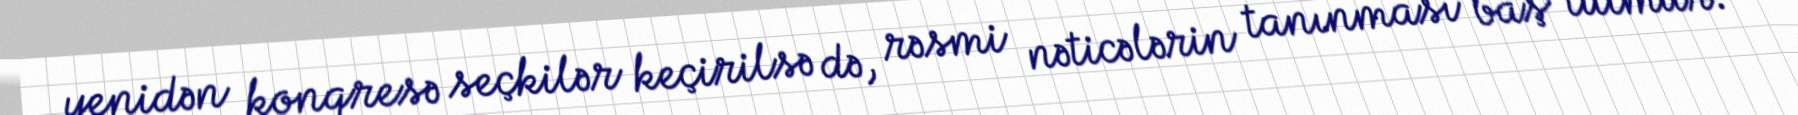
yenidən konqresə seçkilər keçirilsə də, rəsmi nəticələrin tanınması baş tutmur.